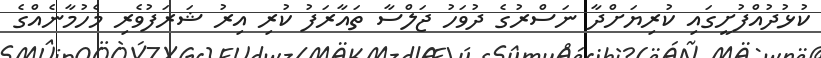
ކުޅުދުއްފުށީގައި ކުރިޔަށްދާ ނަސްރުގެ ދުވަހު ޖަލްސާ ތައާރަފު ކުރި އިރު ޝަރަފުވެރި މެހުމާނެއްގެ